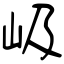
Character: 岋